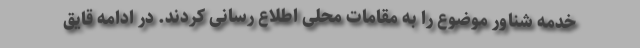
خدمه شناور موضوع را به مقامات محلی اطلاع رسانی کردند. در ادامه قایق